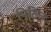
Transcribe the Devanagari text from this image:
नितिल